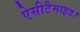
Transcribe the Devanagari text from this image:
ऐसीटैमाइड।